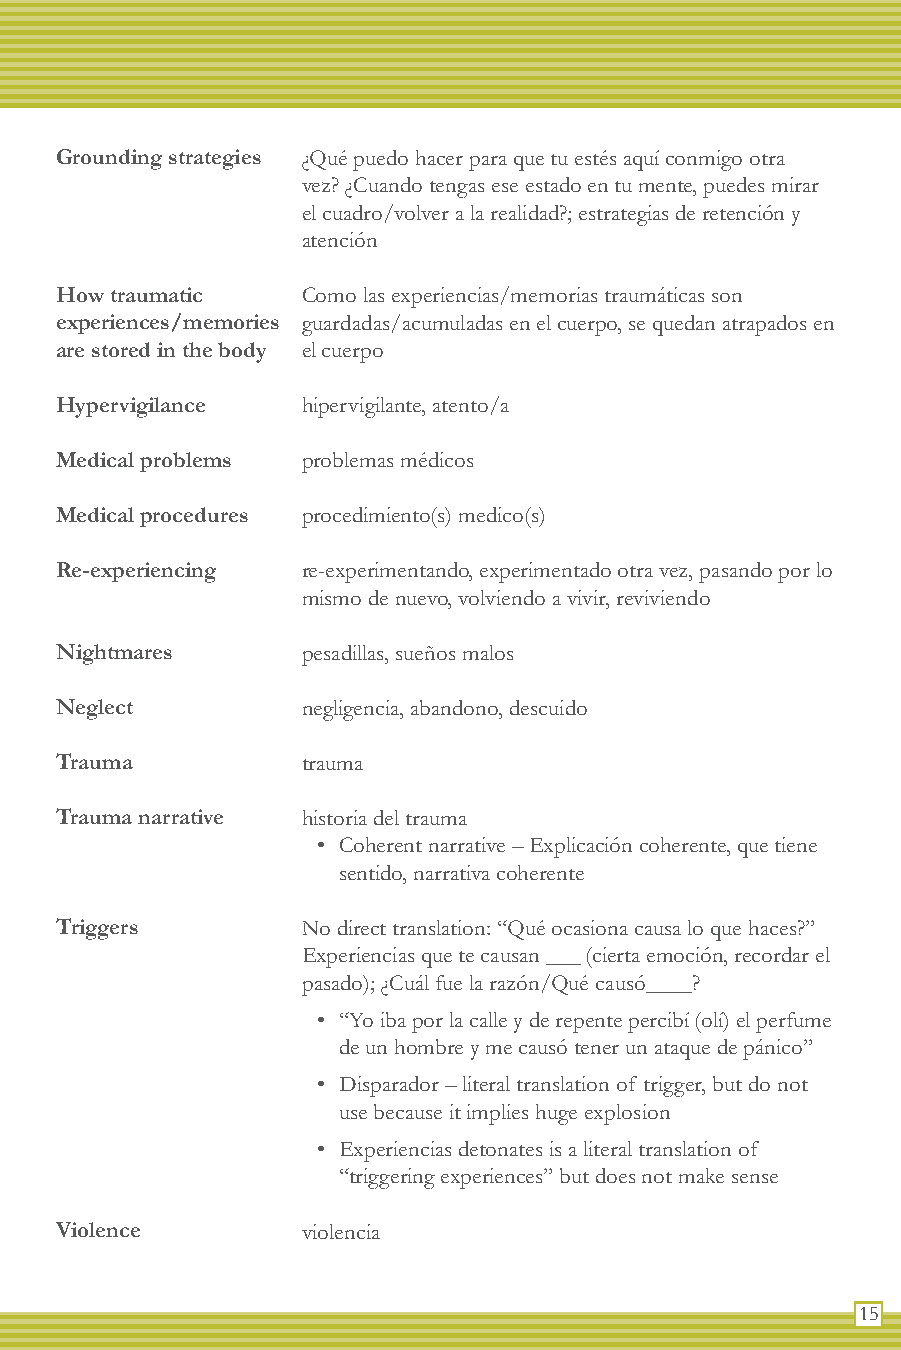
Grounding strategies ¿Qué puedo hacer para que tu estés aquí conmigo otra
 vez? ¿Cuando tengas ese estado en tu mente, puedes mirar
 el cuadro/volver a la realidad?; estrategias de retención y
 atención
 How traumatic   Como las experiencias/memorias traumáticas son
 experiences/memories guardadas/acumuladas en el cuerpo, se quedan atrapados en
 are stored in the body el cuerpo
 Hypervigilance  hipervigilante, atento/a
 Medical problems problemas médicos
 Medical procedures procedimiento(s) medico(s)
 Re-experiencing re-experimentando, experimentado otra vez, pasando por lo
 mismo de nuevo, volviendo a vivir, reviviendo
 Nightmares      pesadillas, sueños malos
 Neglect         negligencia, abandono, descuido
 Trauma          trauma
 Trauma narrative historia del trauma
 • Coherent narrative – Explicación coherente, que tiene
 sentido, narrativa coherente
 Triggers        No direct translation: “Qué ocasiona causa lo que haces?”
 Experiencias que te causan ___ (cierta emoción, recordar el
 pasado); ¿Cuál fue la razón/Qué causó____?
 • “Yo iba por la calle y de repente percibí (olí) el perfume
 de un hombre y me causó tener un ataque de pánico”
 • Disparador – literal translation of trigger, but do not
 use because it implies huge explosion
 • Experiencias detonates is a literal translation of
 “triggering experiences” but does not make sense
 Violence        violencia
 15